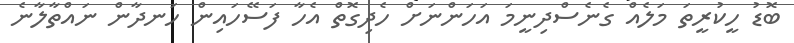
ބޮޑު ހީކުރީތަ މަލެއް ގެނެސްދިނީމަ އަހަންނަށް ހެދިގޮތް އެހާ ފަސޭހައިން ހަނދާން ނައްތާލާނެ